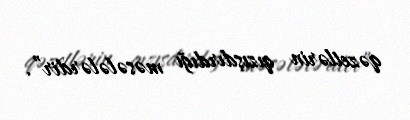
qəzetlərin qızışdırdığı məsələlərdir”.